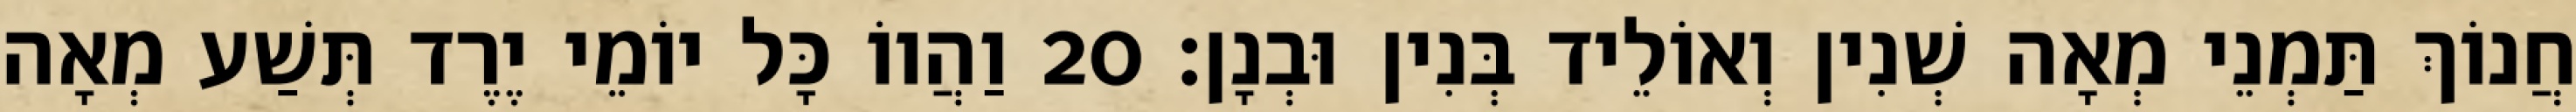
חֲנוֹךְ תַּמְנֵי מְאָה שְׁנִין וְאוֹלֵיד בְּנִין וּבְנָן׃ 20 וַהֲווֹ כָּל יוֹמֵי יֶרֶד תְּשַׁע מְאָה